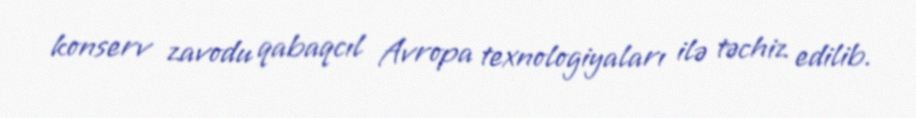
konserv zavodu qabaqcıl Avropa texnologiyaları ilə təchiz edilib.